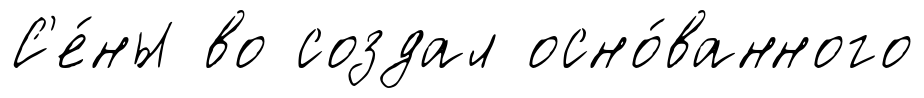
С'е́ны во создал осно́ванного